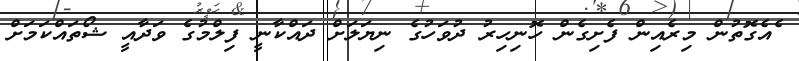
ެއެގޮތުން މިރެއިން ފެށިގެން ހޮނިހިރު ދުވަހުގެ ނިޔަލަށް ދައްކާނީ ފިލްމުގެ ވަދާއީ ޝޯތައްކަމަށް